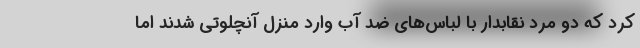
کرد که دو مرد نقابدار با لباس‌های ضد آب وارد منزل آنچلوتی شدند اما